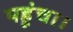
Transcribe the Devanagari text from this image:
पहूंचा।